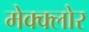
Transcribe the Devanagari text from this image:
मेक्क्लोर